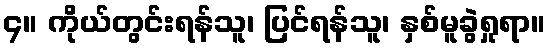
၄။ ကိုယ်တွင်းရန်သူ၊ ပြင်ရန်သူ၊ နှစ်မူခွဲရှုရာ။